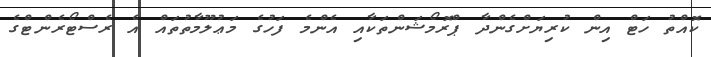
ކޮއްތު ހަޓް އިން ކުރިޔަށްގެންދާ ޕްރޮމޯޝަންތަކާއި އެންމެ ފަހުގެ މަޢުލޫމާތުތައް އެ ރެސްޓޯރެންޓްގެ